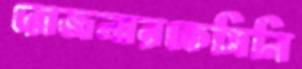
রোজলারকেসিনি